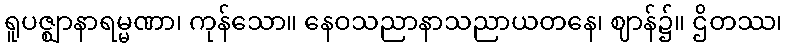
ရူပဇ္ဈာနာရမ္မဏာ၊ ကုန်သော။ နေဝသညာနာသညာယတနေ၊ ဈာန်၌။ ဌိတဿ၊